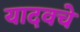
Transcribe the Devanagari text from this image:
यादवचे